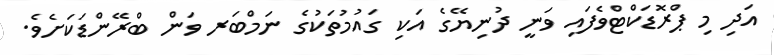
އަދި މި ޕްރޮޑަކްޓްވެފައި ވަނީ ދުނިޔޭގެ އަކި ގައުމުތަކުގެ ނަމްބަރ ވަން ބްރޭންޑަކަށެވެ.